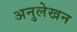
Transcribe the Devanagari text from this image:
अनुलेखन